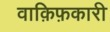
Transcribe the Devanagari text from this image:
वाक़िफ़कारी